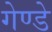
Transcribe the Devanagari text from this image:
गेण्डे